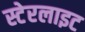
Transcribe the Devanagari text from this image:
स्टेरलाइट